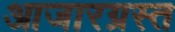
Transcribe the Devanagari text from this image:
आजारग्रस्त